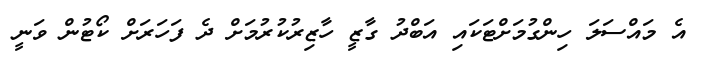
އެ މައްސަލަ ހިންގުމަށްޓަކައި އަބްދު ގާޒީ ހާޒިރުކުރުމަށް ދެ ފަހަރަށް ކޯޓުން ވަނީ